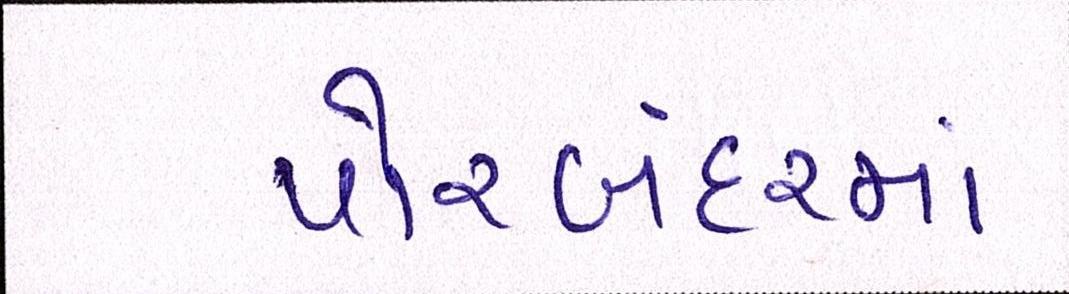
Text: પોરબંદરમાં